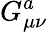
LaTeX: G_{\mu\nu}^{a}